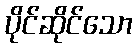
ပိုင်ဆိုင်သော